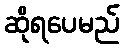
ဆိုရပေမည်